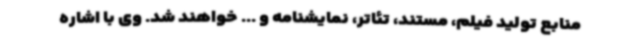
منابع تولید فیلم، مستند، تئاتر، نمایشنامه و ... خواهند شد. وی با اشاره